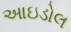
આઇડોલ